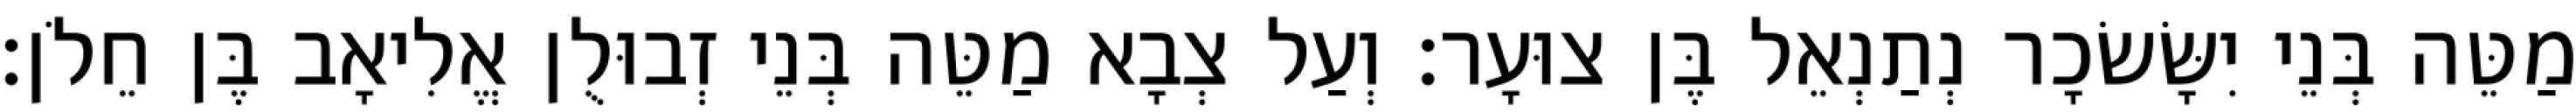
מַטֵּה בְּנֵי יִשָּׂשׂכָר נְתַנְאֵל בֶּן צוּעָר׃ וְעַל צְבָא מַטֵּה בְּנֵי זְבוּלֻן אֱלִיאָב בֶּן חֵלֹן׃